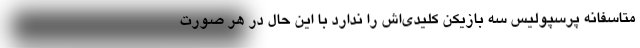
متاسفانه پرسپولیس سه بازیکن کلیدی‌اش را ندارد با این حال در هر صورت